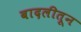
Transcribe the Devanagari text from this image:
बादलीतून